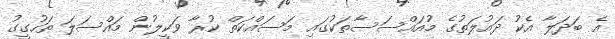
އެ ބަދަލާ އެކު ދައުލަތުގެ މުއައްސަސާތަކުގައި މަސައްކަތް ކުރާ ވަކީލުން މައްސަލަ ތަހުގީގު